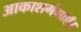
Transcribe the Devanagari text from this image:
आकाशगंगाएँ।